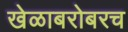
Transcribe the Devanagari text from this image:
खेळाबरोबरच